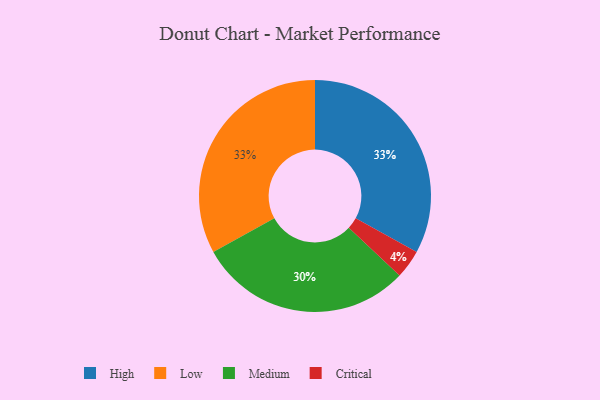
{"axis": {"x": "Category", "y": "Percentage"}, "legend": ["Critical", "High", "Low", "Medium"], "data": [{"x": "Critical", "y": 4, "type": "Critical"}, {"x": "Medium", "y": 30, "type": "Medium"}, {"x": "High", "y": 33, "type": "High"}, {"x": "Low", "y": 33, "type": "Low"}]}